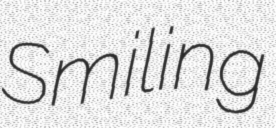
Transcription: Smiling